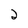
Character: 2